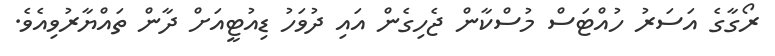
ރޯގާގެ އަސަރު ހުއްޓަސް މުސްކާން ޖެހިގެން އައި ދުވަހު ޑިއުޓީއަށް ދާން ތައްޔާރުވިއެވެ.